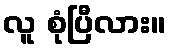
လူ စုံပြီလား။